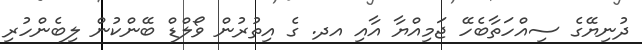
ދުނިޔޭގެ ސިއްހަތާބެހޭ ޖަމިއްޔާ އާއި އދ. ގެ އިތުރުން ވޯލްޑް ބޭންކުން ލިބެންހުރި